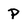
Character: p